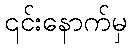
၎င်းနောက်မှ